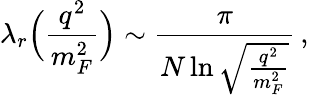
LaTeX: \lambda_{r}\Bigl(\frac{q^{2}}{m_{F}^{2}}\Bigr)\sim\frac{\pi}{N\ln\sqrt{\frac{q^{2}}{m_{F}^{2}}}}\, ,